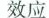
效应